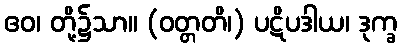
ဧဝ၊ တို့၌သာ။ (ဝတ္တတိ၊) ပဋိပဒါယ၊ ဒုက္ခ